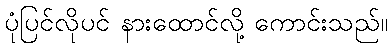
ပုံပြင်လိုပင် နားထောင်လို့ ကောင်းသည်။